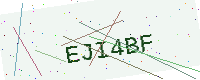
Text: EJI4BF